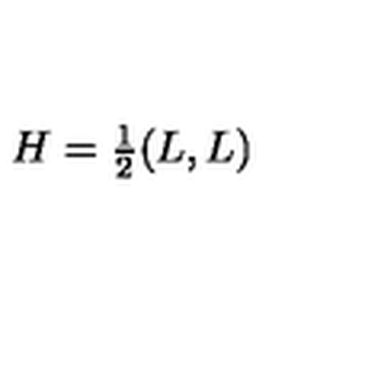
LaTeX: H = { \textstyle { \frac { 1 } { 2 } } } ( L , L )